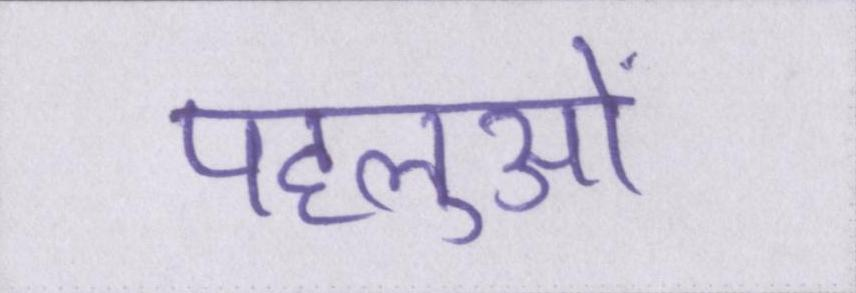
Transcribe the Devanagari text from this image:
पहलुओं